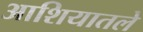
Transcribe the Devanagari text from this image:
आशियातले